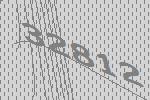
32812